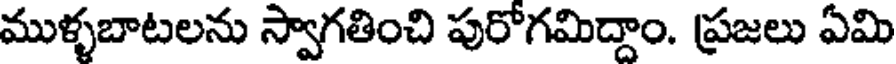
ముళ్ళబాటలను స్వాగతించి పురోగమిద్దాం. ప్రజలు ఏమి